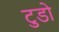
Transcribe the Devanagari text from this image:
टुडो